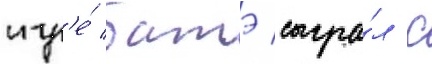
игр'е́ батэ сыгра́л с